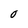
Character: 0